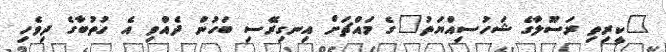
"ކީރިތި ރަސޫލާގެ ޝަހުސިއްޔަތު"ގެ މައްޗަަށް އިނގިރޭސި ބަހުން ދެއްވި އެ ހުތުބާގެ ދިވެހި